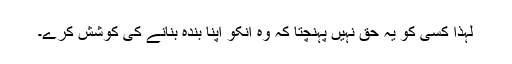
لہذا کسی کو یہ حق نہیں پہنچتا کہ وہ انکو اپنا بندہ بنانے کی کوشش کرے۔